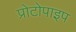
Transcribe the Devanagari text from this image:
प्रोटोपाइप